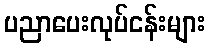
ပညာပေးလုပ်ငန်းများ